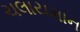
ચલાયમાન